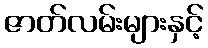
ဇာတ်လမ်းများနှင့်